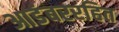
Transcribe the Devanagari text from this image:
आडंबररहित